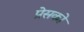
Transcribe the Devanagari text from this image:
प्रेसको